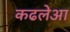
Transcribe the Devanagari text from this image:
कढलेआ